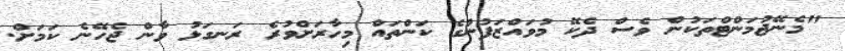
"މެނޭޖުމަންޓްތަކުން ވެސް ދެކޭ މުވައްޒަފުންގެ ކަންތައް މިހާރަށްވުރެ ރަނގަޅު ވާން ޖެހޭނެ ކަމަށް.